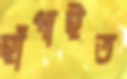
হাঁপাইত